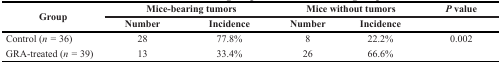
<table><thead><tr><td rowspan="2"><b>Group</b></td><td colspan="2"><b>Mice-bearing tumors</b></td><td colspan="2"><b>Mice without tumors</b></td><td><b><i>P</i> value</b></td></tr><tr><td><b>Number</b></td><td><b>Incidence</b></td><td><b>Number</b></td><td><b>Incidence</b></td><td></td></tr></thead><tbody><tr><td>Control (<i>n</i> = 36)</td><td>28</td><td>77.8%</td><td>8</td><td>22.2%</td><td>0.002</td></tr><tr><td>GRA-treated (<i>n</i> = 39)</td><td>13</td><td>33.4%</td><td>26</td><td>66.6%</td><td></td></tr></tbody></table>